Indian journal of veterinary science and animal husbandry - Volumes 24-25, 1954-1955
Year: 1954
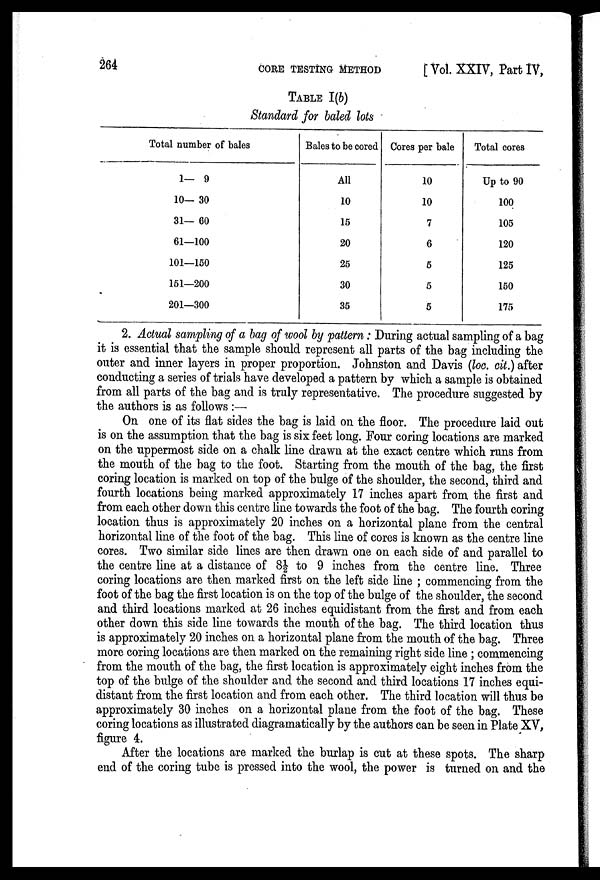
264
CORE
TESTING
METHOD
[ Vol. XXIV, Part IV,
TABLE I(b)
Standard for baled lots
Total number of bales
1— 9
10— 30
31— 60
61—100
101—150
151—200
201—300
Bales to be cored
All
10
15
20
25
30
35
Cores per bale
10
10
7
6
5
5
5
Total cores
Up to 90
100
105
120
125
150
175
2. Actual sampling of a bag of wool by pattern : During actual sampling of a bag
it is essential that the sample should represent all parts of the bag including the
outer and inner layers in proper proportion. Johnston and Davis (loc. cit.) after
conducting a series of trials have developed a pattern by which a sample is obtained
from all parts of the bag and is truly representative. The procedure suggested by
the authors is as follows :—
On one of its flat sides the bag is laid on the floor. The procedure laid out
is on the assumption that the bag is six feet long. Four coring locations are marked
on the uppermost side on a chalk line drawn at the exact centre which runs from
the mouth of the bag to the foot. Starting from the mouth of the bag, the first
coring location is marked on top of the bulge of the shoulder, the second, third and
fourth locations being marked approximately 17 inches apart from the first and
from each other down this centre line towards the foot of the bag. The fourth coring
location thus is approximately 20 inches on a horizontal plane from the central
horizontal line of the foot of the bag. This line of cores is known as the centre line
cores. Two similar side lines are then drawn one on each side of and parallel to
the centre line at a distance of 8½ to 9 inches from the centre line. Three
coring locations are then marked first on the left side line ; commencing from the
foot of the bag the first location is on the top of the bulge of the shoulder, the second
and third locations marked at 26 inches equidistant from the first and from each
other down this side line towards the mouth of the bag. The third location thus
is approximately 20 inches on a horizontal plane from the mouth of the bag. Three
more coring locations are then marked on the remaining right side line ; commencing
from the mouth of the bag, the first location is approximately eight inches from the
top of the bulge of the shoulder and the second and third locations 17 inches equi-
distant from the first location and from each other. The third location will thus be
approximately 30 inches on a horizontal plane from the foot of the bag. These
coring locations as illustrated diagramatically by the authors can be seen in Plate XV,
figure 4.
After the locations are marked the burlap is cut at these spots. The sharp
end of the coring tube is pressed into the wool, the power is turned on and the